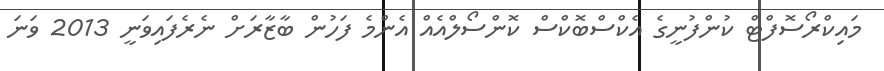
މައިކްރޯސޮފްޓް ކުންފުނީގެ އެކްސްބޮކްސް ކޮންސޯލްއެއް އެންމެ ފަހުން ބާޒާރަށް ނެރެފައިވަނީ 2013 ވަނަ